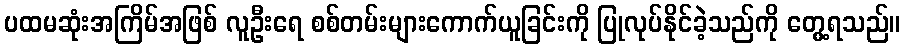
ပထမဆုံးအကြိမ်အဖြစ် လူဦးရေ စစ်တမ်းများကောက်ယူခြင်းကို ပြုလုပ်နိုင်ခဲ့သည်ကို တွေ့ရသည်။